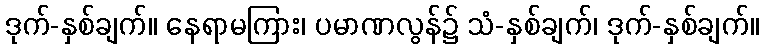
ဒုက်-နှစ်ချက်။ နေရာမကြား၊ ပမာဏလွန်၌ သံ-နှစ်ချက်၊ ဒုက်-နှစ်ချက်။